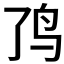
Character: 𱉉